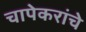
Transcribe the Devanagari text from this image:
चापेकरांचे